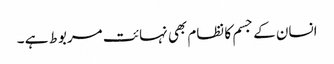
انسان کے جسم کا نظام بھی نہائت مربوط ہے ۔